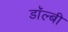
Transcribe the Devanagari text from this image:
डाॅल्बी